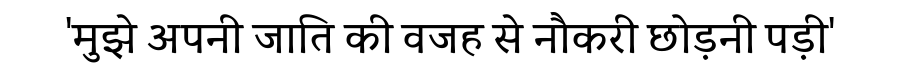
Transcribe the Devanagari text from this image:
'मुझे अपनी जाति की वजह से नौकरी छोड़नी पड़ी'